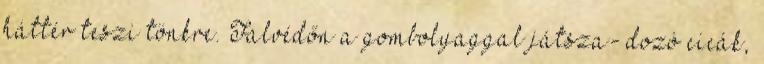
háttér teszi tönkre. Falvédőn a gombolyaggal játsza- dozó cicák,